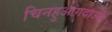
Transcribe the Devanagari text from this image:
चिनहुआंगदाओ